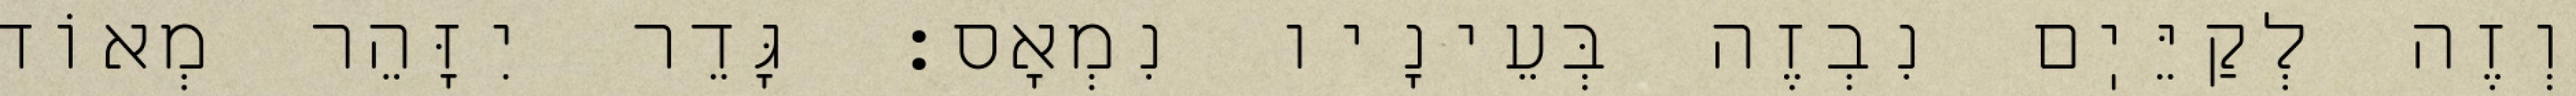
וְזֶה לְקַיֵּיֽם נִבְזֶה בְּעֵינָיו נִמְאָס: גָּדֵר יִזָּהֵר מְאוֹד